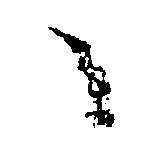
へ